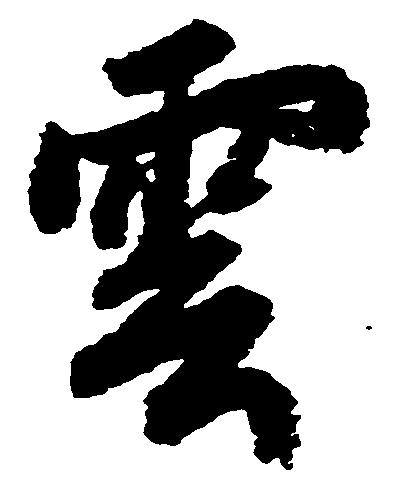
雲